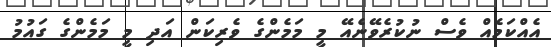
އެއްކަމެއް ވެސް ނުކުރެވޭނެއޭ މީ މަމެންގެ ވެެރިކަން އަދި މީ މަމެންގެ ގައުމު